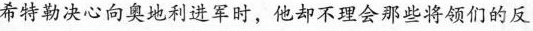
希特勒决心向奥地利进军时，他却不理会那些将领们的反